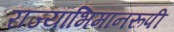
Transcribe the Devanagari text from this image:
राज्याभिमानरूपी